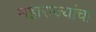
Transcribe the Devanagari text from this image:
महाराज्यांचा